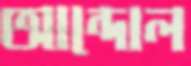
আন্দোল